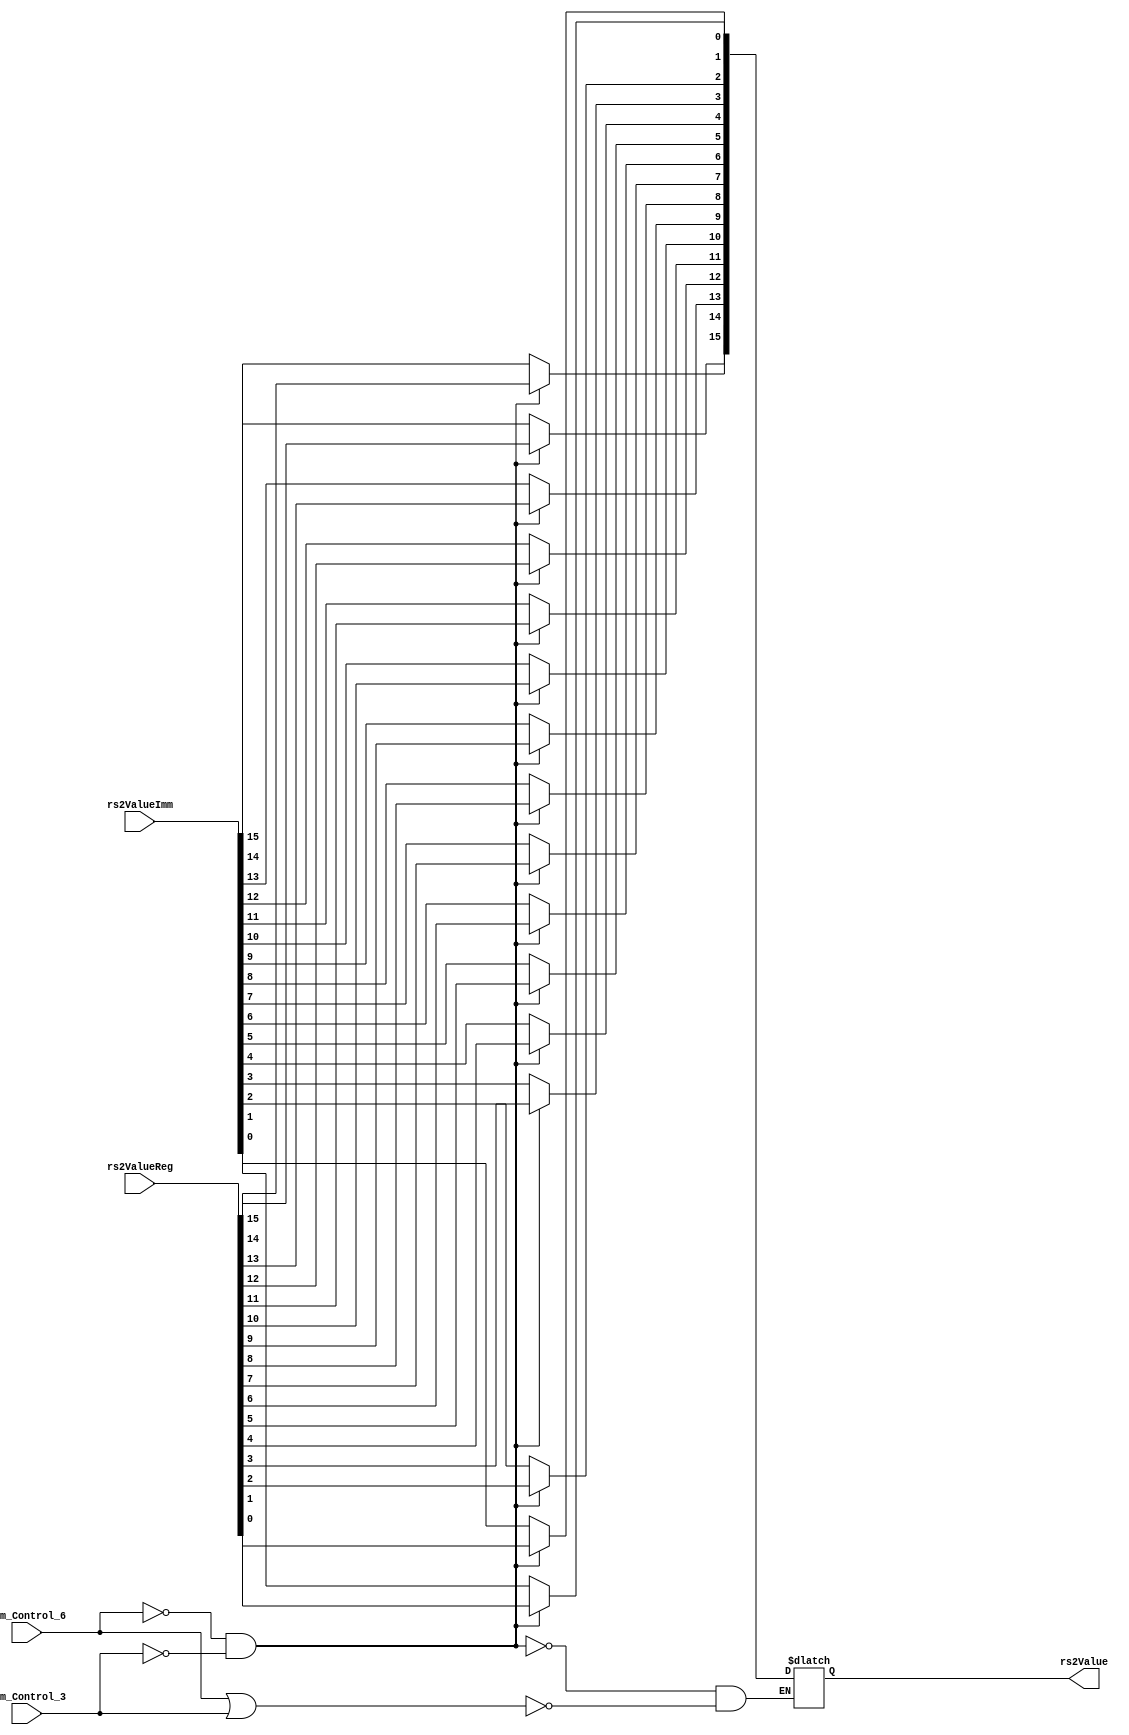
`timescale 1ns / 1ps
//ensures either immediate value from IMM gen is sent to ALU
//or the value from register file if imm gen not used
module immMux(input imm_Control_6,
              input imm_Control_3,
              input [15:0] rs2ValueReg,
              input [15:0] rs2ValueImm,
              output reg [15:0] rs2Value);
integer i;
integer k;             
always@(*) begin
    if(imm_Control_6 == 1'b1 || imm_Control_3 == 1'b1) begin 
        for (i=0; i<16;i=i+1) begin
            rs2Value[i] = rs2ValueImm[i];
        end //for
    end //if
    if(imm_Control_6 == 1'b0 && imm_Control_3 == 1'b0) begin 
        for (i=0; i<16;i=i+1) begin
            rs2Value[i] = rs2ValueReg[i];
        end //for
    end //if
end //always
endmodule